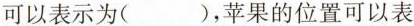
可以表示为( )，苹果的位置可以表